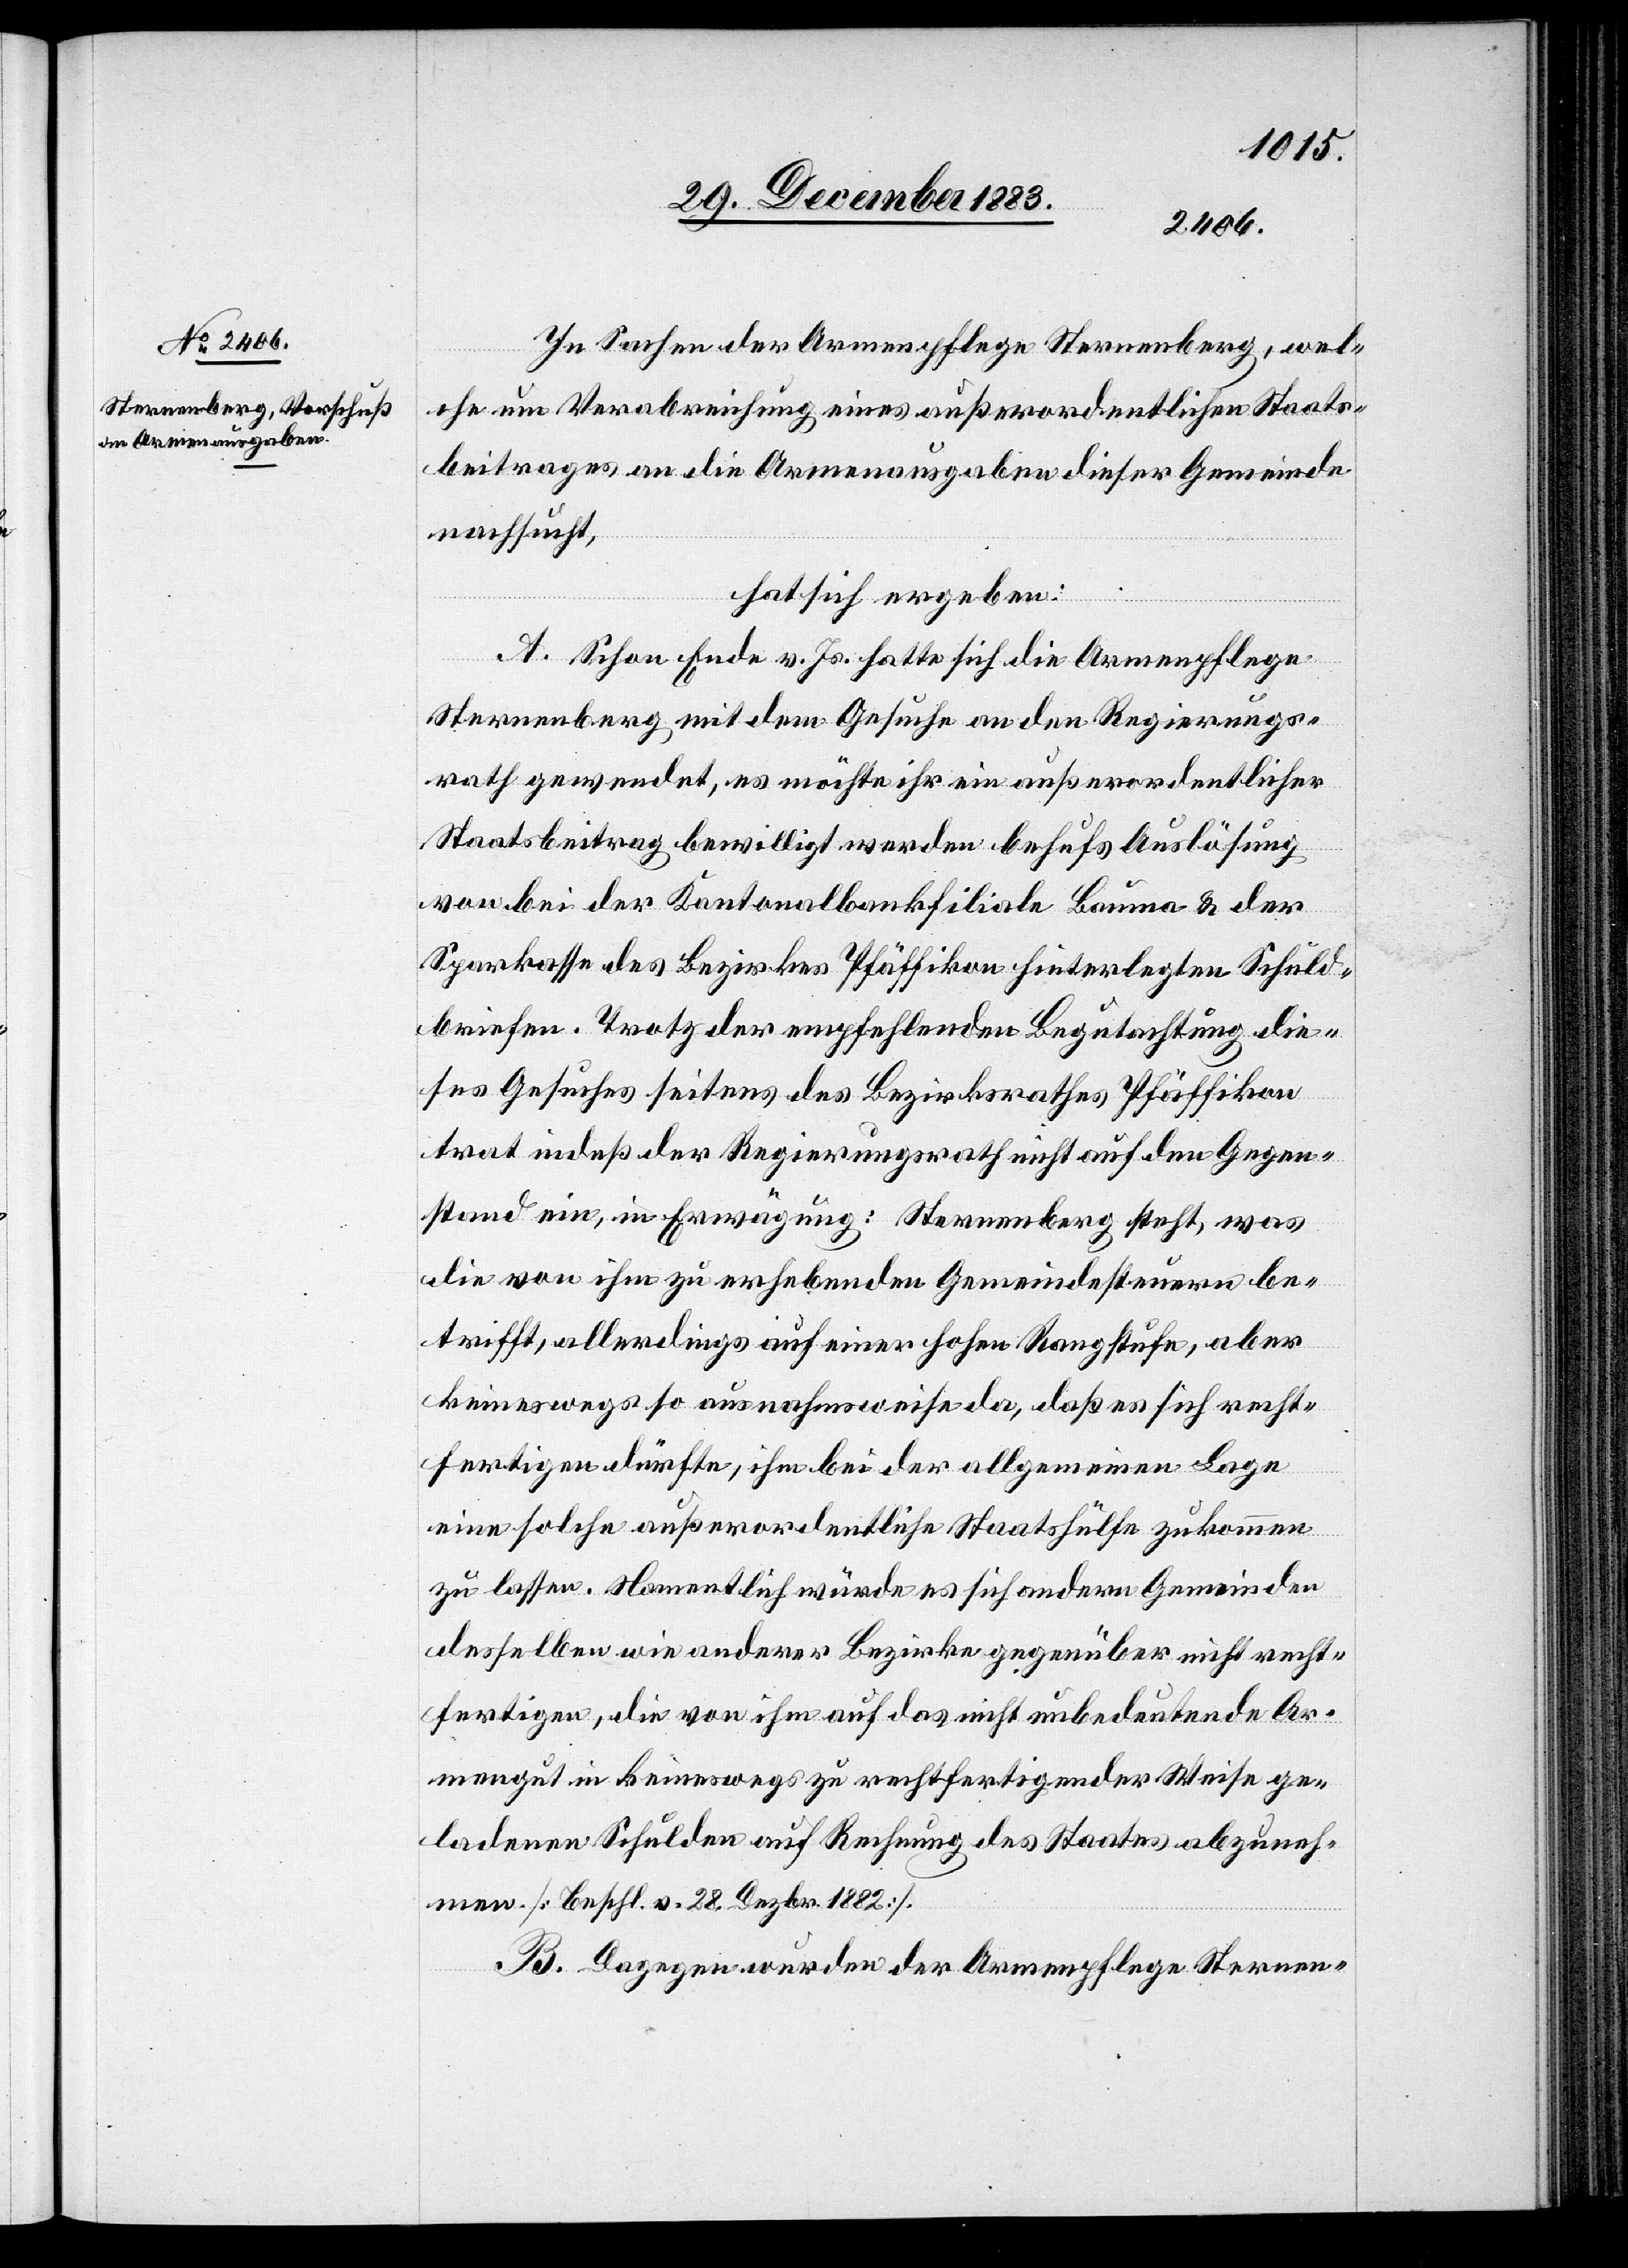
In Sachen der Armenpflege Sternenberg, wel¬
che um Verabreichung eines außerordentlichen Staats¬
beitrages an die Armenausgaben dieser Gemeinde
nachsucht,
hat sich ergeben:
A. Schon Ende v. Js. hatte sich die Armenpflege
Sternenberg mit dem Gesuche an den Regierungs¬
rath gewendet, es möchte ihr ein außerordentlicher
Staatsbeitrag bewilligt werden. Behufs Auslösung
von bei der Kantonalbankfiliale Bauma & der
Sparkasse des Bezirkes Pfäffikon hinterlegten Schuld¬
briefen. Trotz der empfehlenden Begutachtung die¬
ses Gesuches seitens des Bezirksrathes Pfäffikon
trat indeß der Regierungsrath nicht auf den Gegen¬
stand ein, in Erwägung: Sternenberg steht, was
die von ihm zu erhebenden Gemeindesteuern be¬
trifft, allerdings auf einer hohen Rangstufe, aber
keineswegs so ausnahmsweise da, daß es sich recht¬
fertigen dürfte, ihm bei der allgemeinen Lage
eine solche außerordentliche Staatshülfe zukommen
zu lassen. Namentlich würde es sich andern Gemeinden
desselben wie anderer Bezirke gegenüber nicht recht¬
fertigen, die von ihm auf das nicht unbedeutende Ar¬
mengut in keineswegs zu rechtfertigender Weise ge¬
ladenen Schulden auf Rechnung des Staates abzuneh¬
men [Beschl. v. 28. Dezbr. 1882].
B. Dagegen wurden der Armenpflege Sternen-